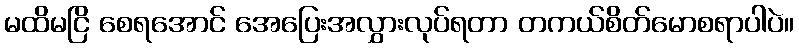
မထိမငြိ စေရအောင် အေပြေးအလွှားလုပ်ရတာ တကယ်စိတ်မောစရာပါပဲ။